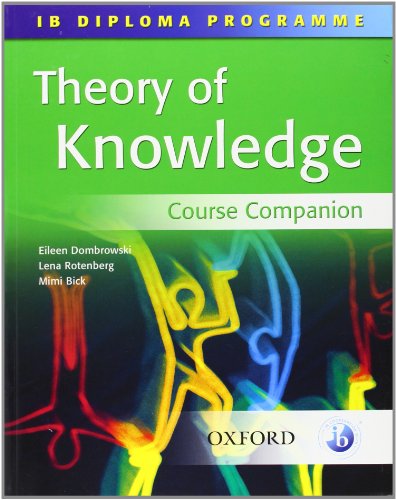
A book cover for Theory of Knowledge: Course Companion- IB Diploma Program; Eileen Dombrowski; Children's Books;